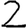
Digit: 2